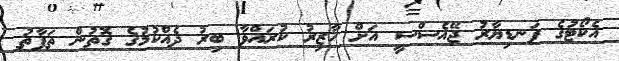
އެކޯޓުގެ ފަނޑިޔާރު ޖޭއެސްސީ އަށް ހާޒިރު ކުރައްވާ ބިރު ދެއްކުމުގެ ގޮތުން ތަފާތު